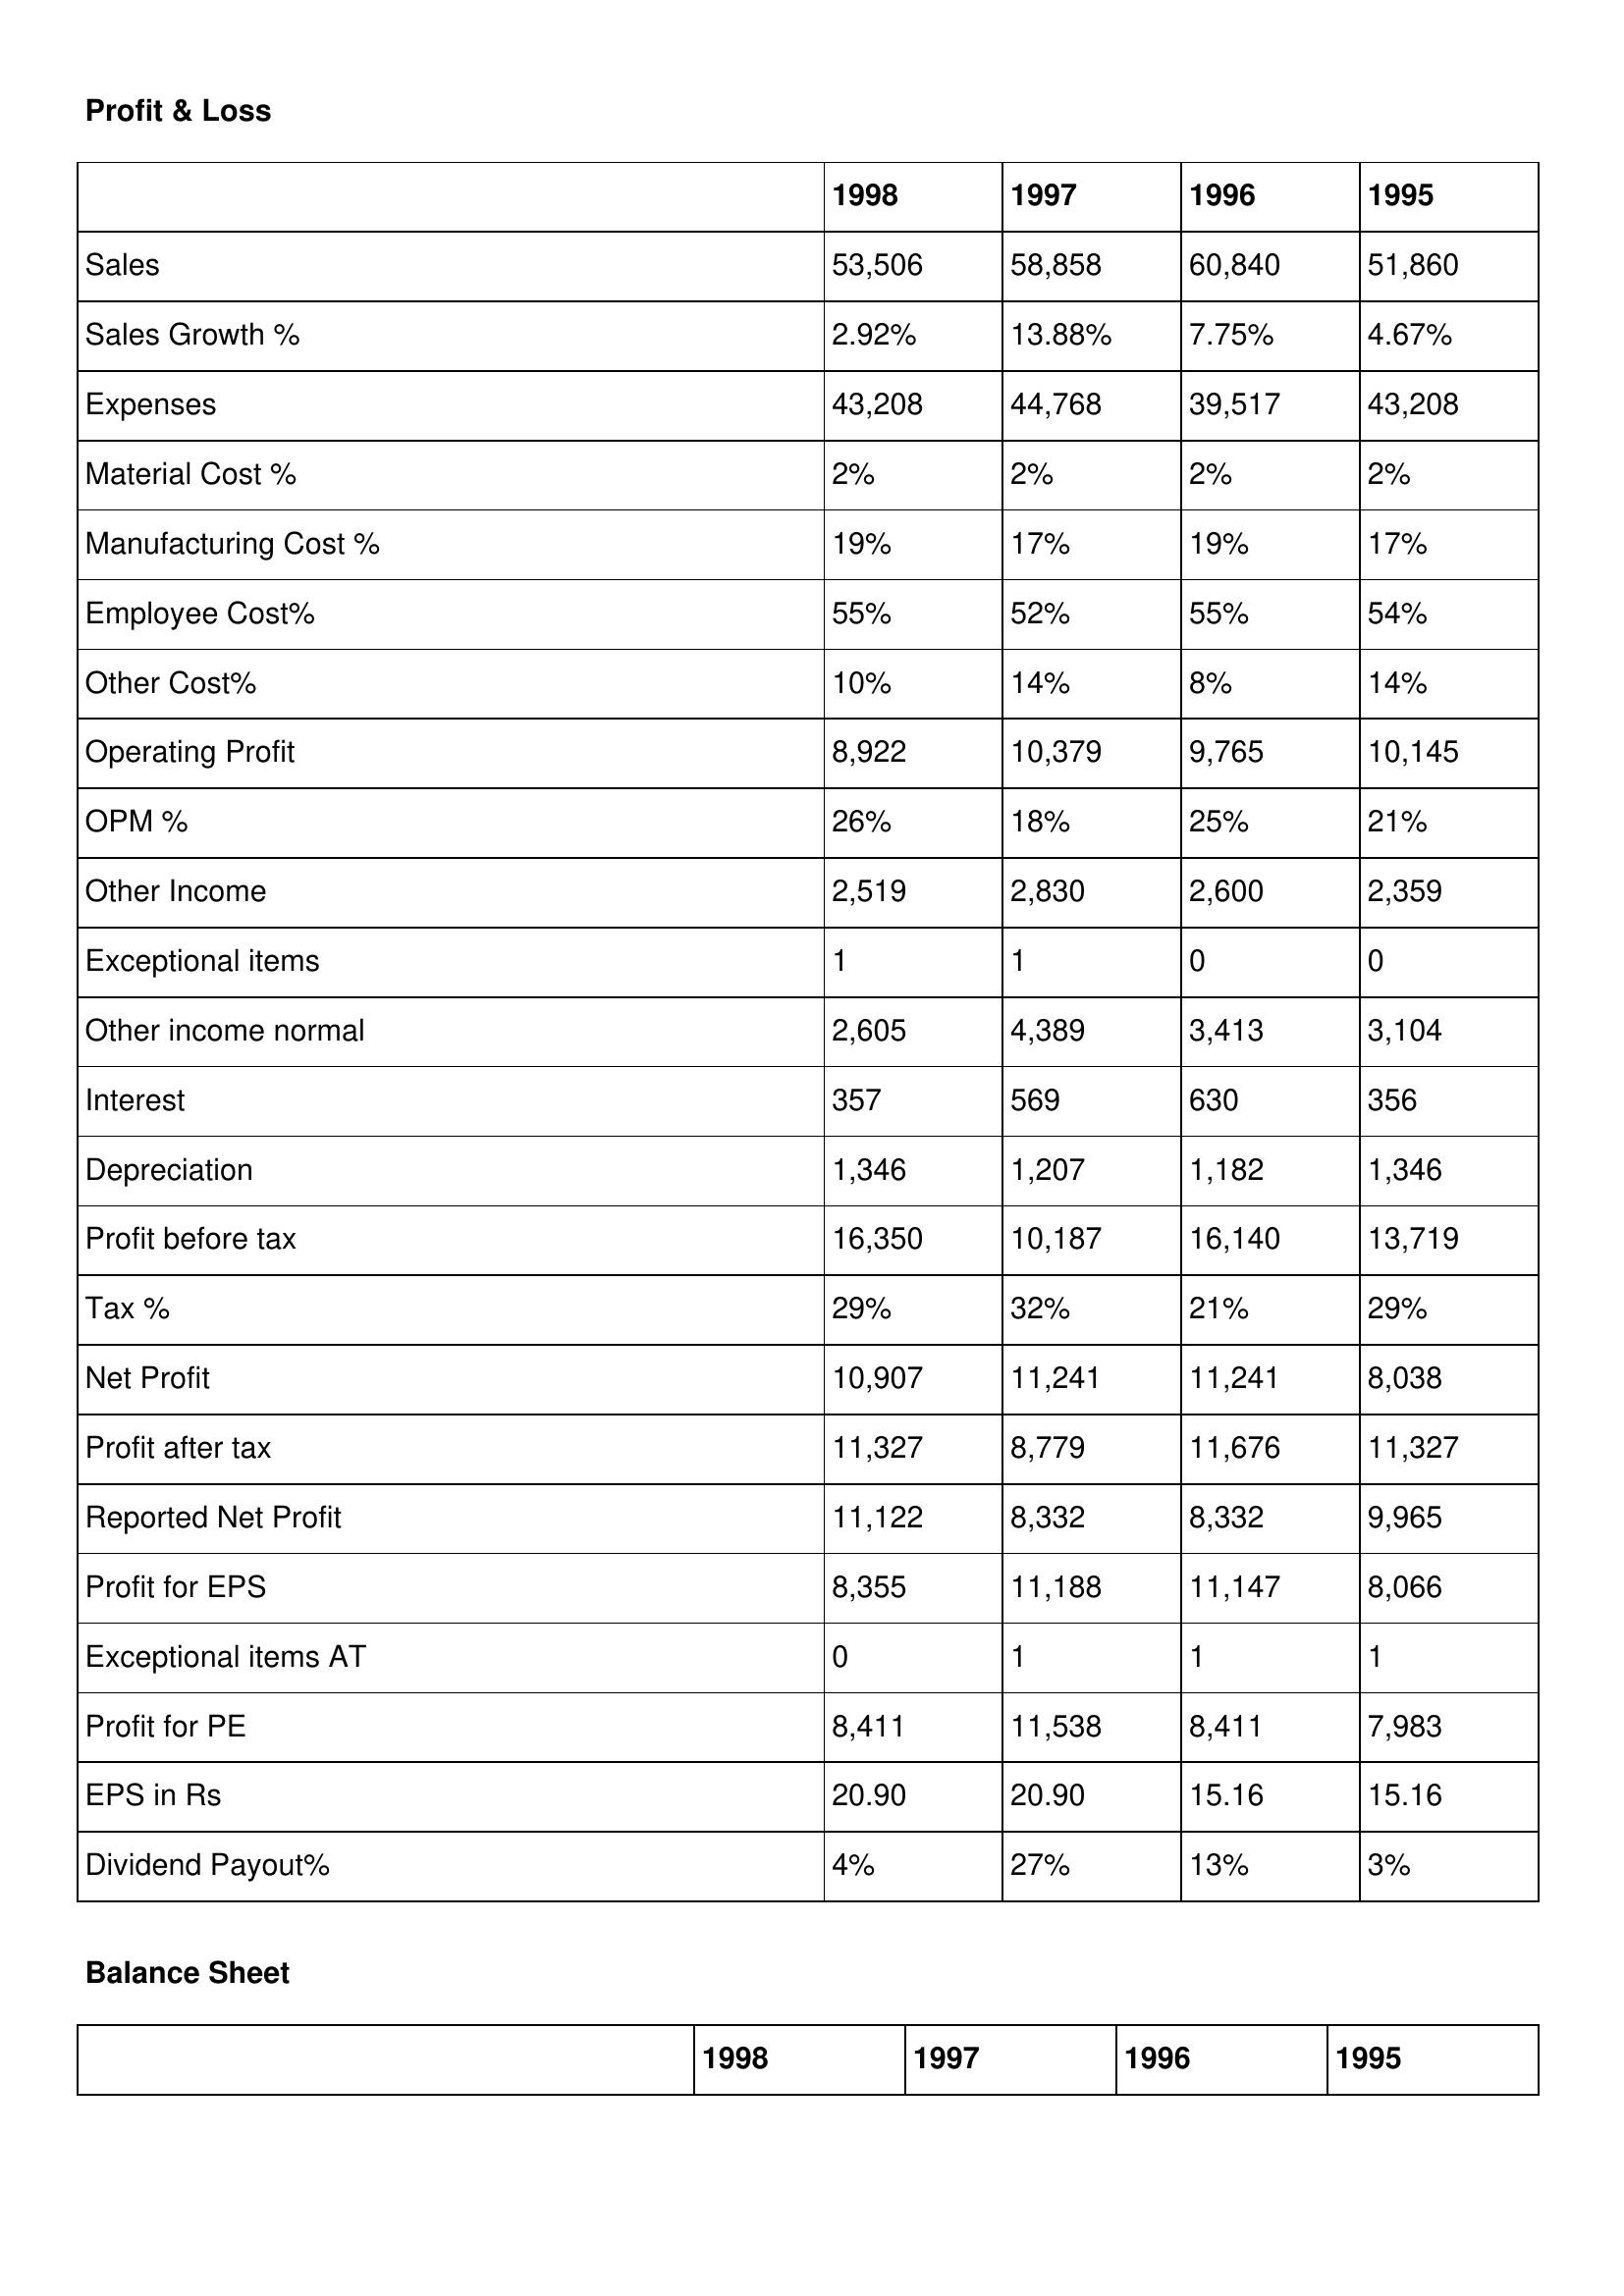
gt_parse: 1998: Profit & Loss: Sales: 53,506
Sales Growth %: 2.92%
Expenses: 43,208
Material Cost %: 2%
Manufacturing Cost %: 19%
Employee Cost%: 55%
Other Cost%: 10%
Operating Profit: 8,922
OPM %: 26%
Other Income: 2,519
Exceptional items: 1
Other income normal: 2,605
Interest: 357
Depreciation: 1,346
Profit before tax: 16,350
Tax %: 29%
Net Profit: 10,907
Profit after tax: 11,327
Reported Net Profit: 11,122
Profit for EPS: 8,355
Exceptional items AT: 0
Profit for PE: 8,411
EPS in Rs: 20.90
Dividend Payout%: 4%
1997: Profit & Loss: Sales: 58,858
Sales Growth %: 13.88%
Expenses: 44,768
Material Cost %: 2%
Manufacturing Cost %: 17%
Employee Cost%: 52%
Other Cost%: 14%
Operating Profit: 10,379
OPM %: 18%
Other Income: 2,830
Exceptional items: 1
Other income normal: 4,389
Interest: 569
Depreciation: 1,207
Profit before tax: 10,187
Tax %: 32%
Net Profit: 11,241
Profit after tax: 8,779
Reported Net Profit: 8,332
Profit for EPS: 11,188
Exceptional items AT: 1
Profit for PE: 11,538
EPS in Rs: 20.90
Dividend Payout%: 27%
1996: Profit & Loss: Sales: 60,840
Sales Growth %: 7.75%
Expenses: 39,517
Material Cost %: 2%
Manufacturing Cost %: 19%
Employee Cost%: 55%
Other Cost%: 8%
Operating Profit: 9,765
OPM %: 25%
Other Income: 2,600
Exceptional items: 0
Other income normal: 3,413
Interest: 630
Depreciation: 1,182
Profit before tax: 16,140
Tax %: 21%
Net Profit: 11,241
Profit after tax: 11,676
Reported Net Profit: 8,332
Profit for EPS: 11,147
Exceptional items AT: 1
Profit for PE: 8,411
EPS in Rs: 15.16
Dividend Payout%: 13%
1995: Profit & Loss: Sales: 51,860
Sales Growth %: 4.67%
Expenses: 43,208
Material Cost %: 2%
Manufacturing Cost %: 17%
Employee Cost%: 54%
Other Cost%: 14%
Operating Profit: 10,145
OPM %: 21%
Other Income: 2,359
Exceptional items: 0
Other income normal: 3,104
Interest: 356
Depreciation: 1,346
Profit before tax: 13,719
Tax %: 29%
Net Profit: 8,038
Profit after tax: 11,327
Reported Net Profit: 9,965
Profit for EPS: 8,066
Exceptional items AT: 1
Profit for PE: 7,983
EPS in Rs: 15.16
Dividend Payout%: 3%